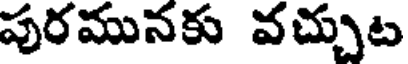
పురమునకు వచ్చుట